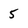
Character: 5